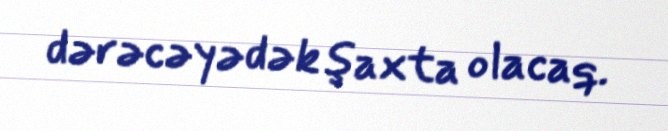
dərəcəyədək şaxta olacaq.